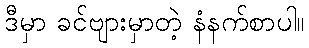
ဒီမှာ ခင်ဗျားမှာတဲ့ နံနက်စာပါ။